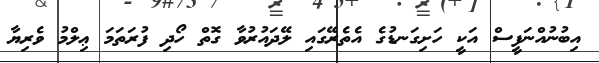
އިބުނުއްނަފީސް އަކީ ހަށިގަނޑުގެ އެތެރޭގައި ލޭދައުރުވާ ގޮތް ހޯދި ފުރަތަމަ ޢިލްމު ވެރިޔާ